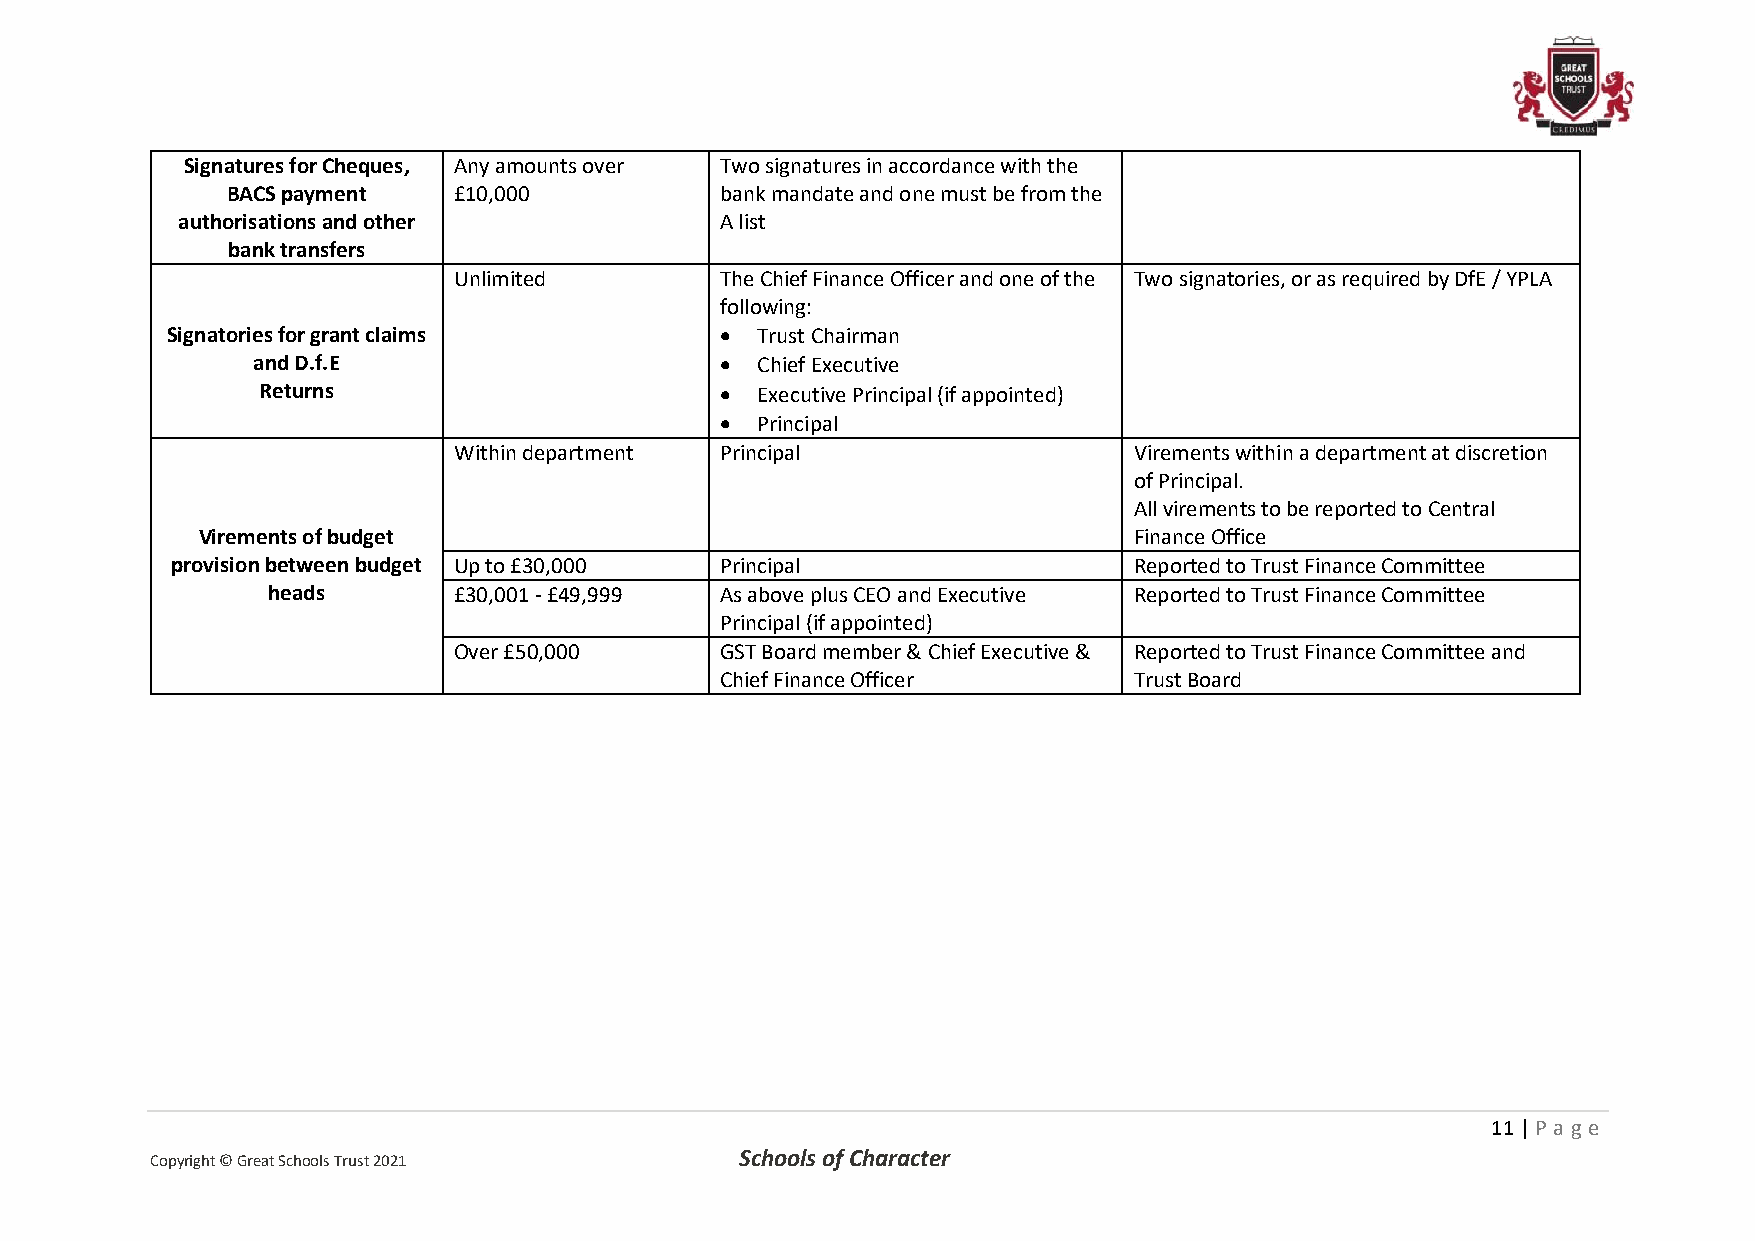
Signatures for Cheques, Any amounts over Two signatures in accordance with the
 BACS payment   £10,000           bank mandate and one must be from the
 authorisations and other            A list
 bank transfers
 Unlimited         The Chief Finance Officer and one of the Two signatories, or as required by DfE / YPLA
 following:
 Signatories for grant claims         • Trust Chairman
 and D.f.E                      • Chief Executive
 Returns                        • Executive Principal (if appointed)
 • Principal
 Within department Principal                  Virements within a department at discretion
 of Principal.
 All virements to be reported to Central
 Virements of budget                                           Finance Office
 provision between budget Up to £30,000 Principal                Reported to Trust Finance Committee
 heads       £30,001 - £49,999 As above plus CEO and Executive Reported to Trust Finance Committee
 Principal (if appointed)
 Over £50,000      GST Board member & Chief Executive & Reported to Trust Finance Committee and
 Chief Finance Officer      Trust Board
 11 | P age
 Copyright © Great Schools Trust 2021   Schools of Character